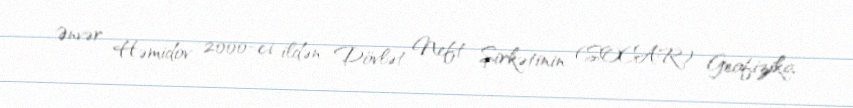
Ənvər Həmidov 2000-ci ildən Dövlət Neft Şirkətinin (SOCAR) Geofizika